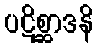
ပဋိစ္ဆာဒနိ